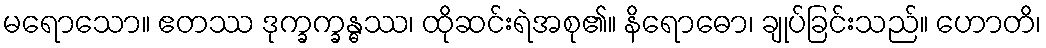
မရောသော။ ဧတဿ ဒုက္ခက္ခန္ဓဿ၊ ထိုဆင်းရဲအစု၏။ နိရောဓော၊ ချုပ်ခြင်းသည်။ ဟောတိ၊